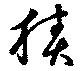
積